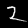
Digit: 2